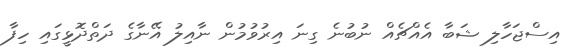
އިސްޖަހާލި ޝަބާ އެއްޗެއް ނުބުނެ ގިނަ އިރުވުމުން ނާއިލު އޭނާގެ ދަތްދޮޅީގައި ހިފާ